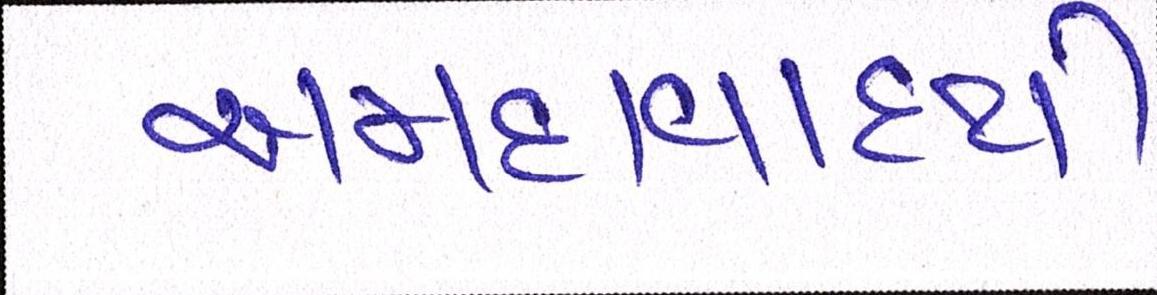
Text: અમદાવાદથી